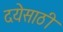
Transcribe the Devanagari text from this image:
दयेसाठी